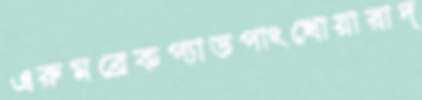
এরুমব্রেকপ্যাডপাংখোয়ারাদ্